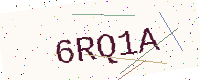
Text: 6RQ1A